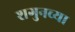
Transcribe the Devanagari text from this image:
शगुनच्या